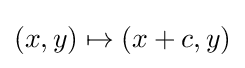
(x,y)\mapsto (x+c,y)